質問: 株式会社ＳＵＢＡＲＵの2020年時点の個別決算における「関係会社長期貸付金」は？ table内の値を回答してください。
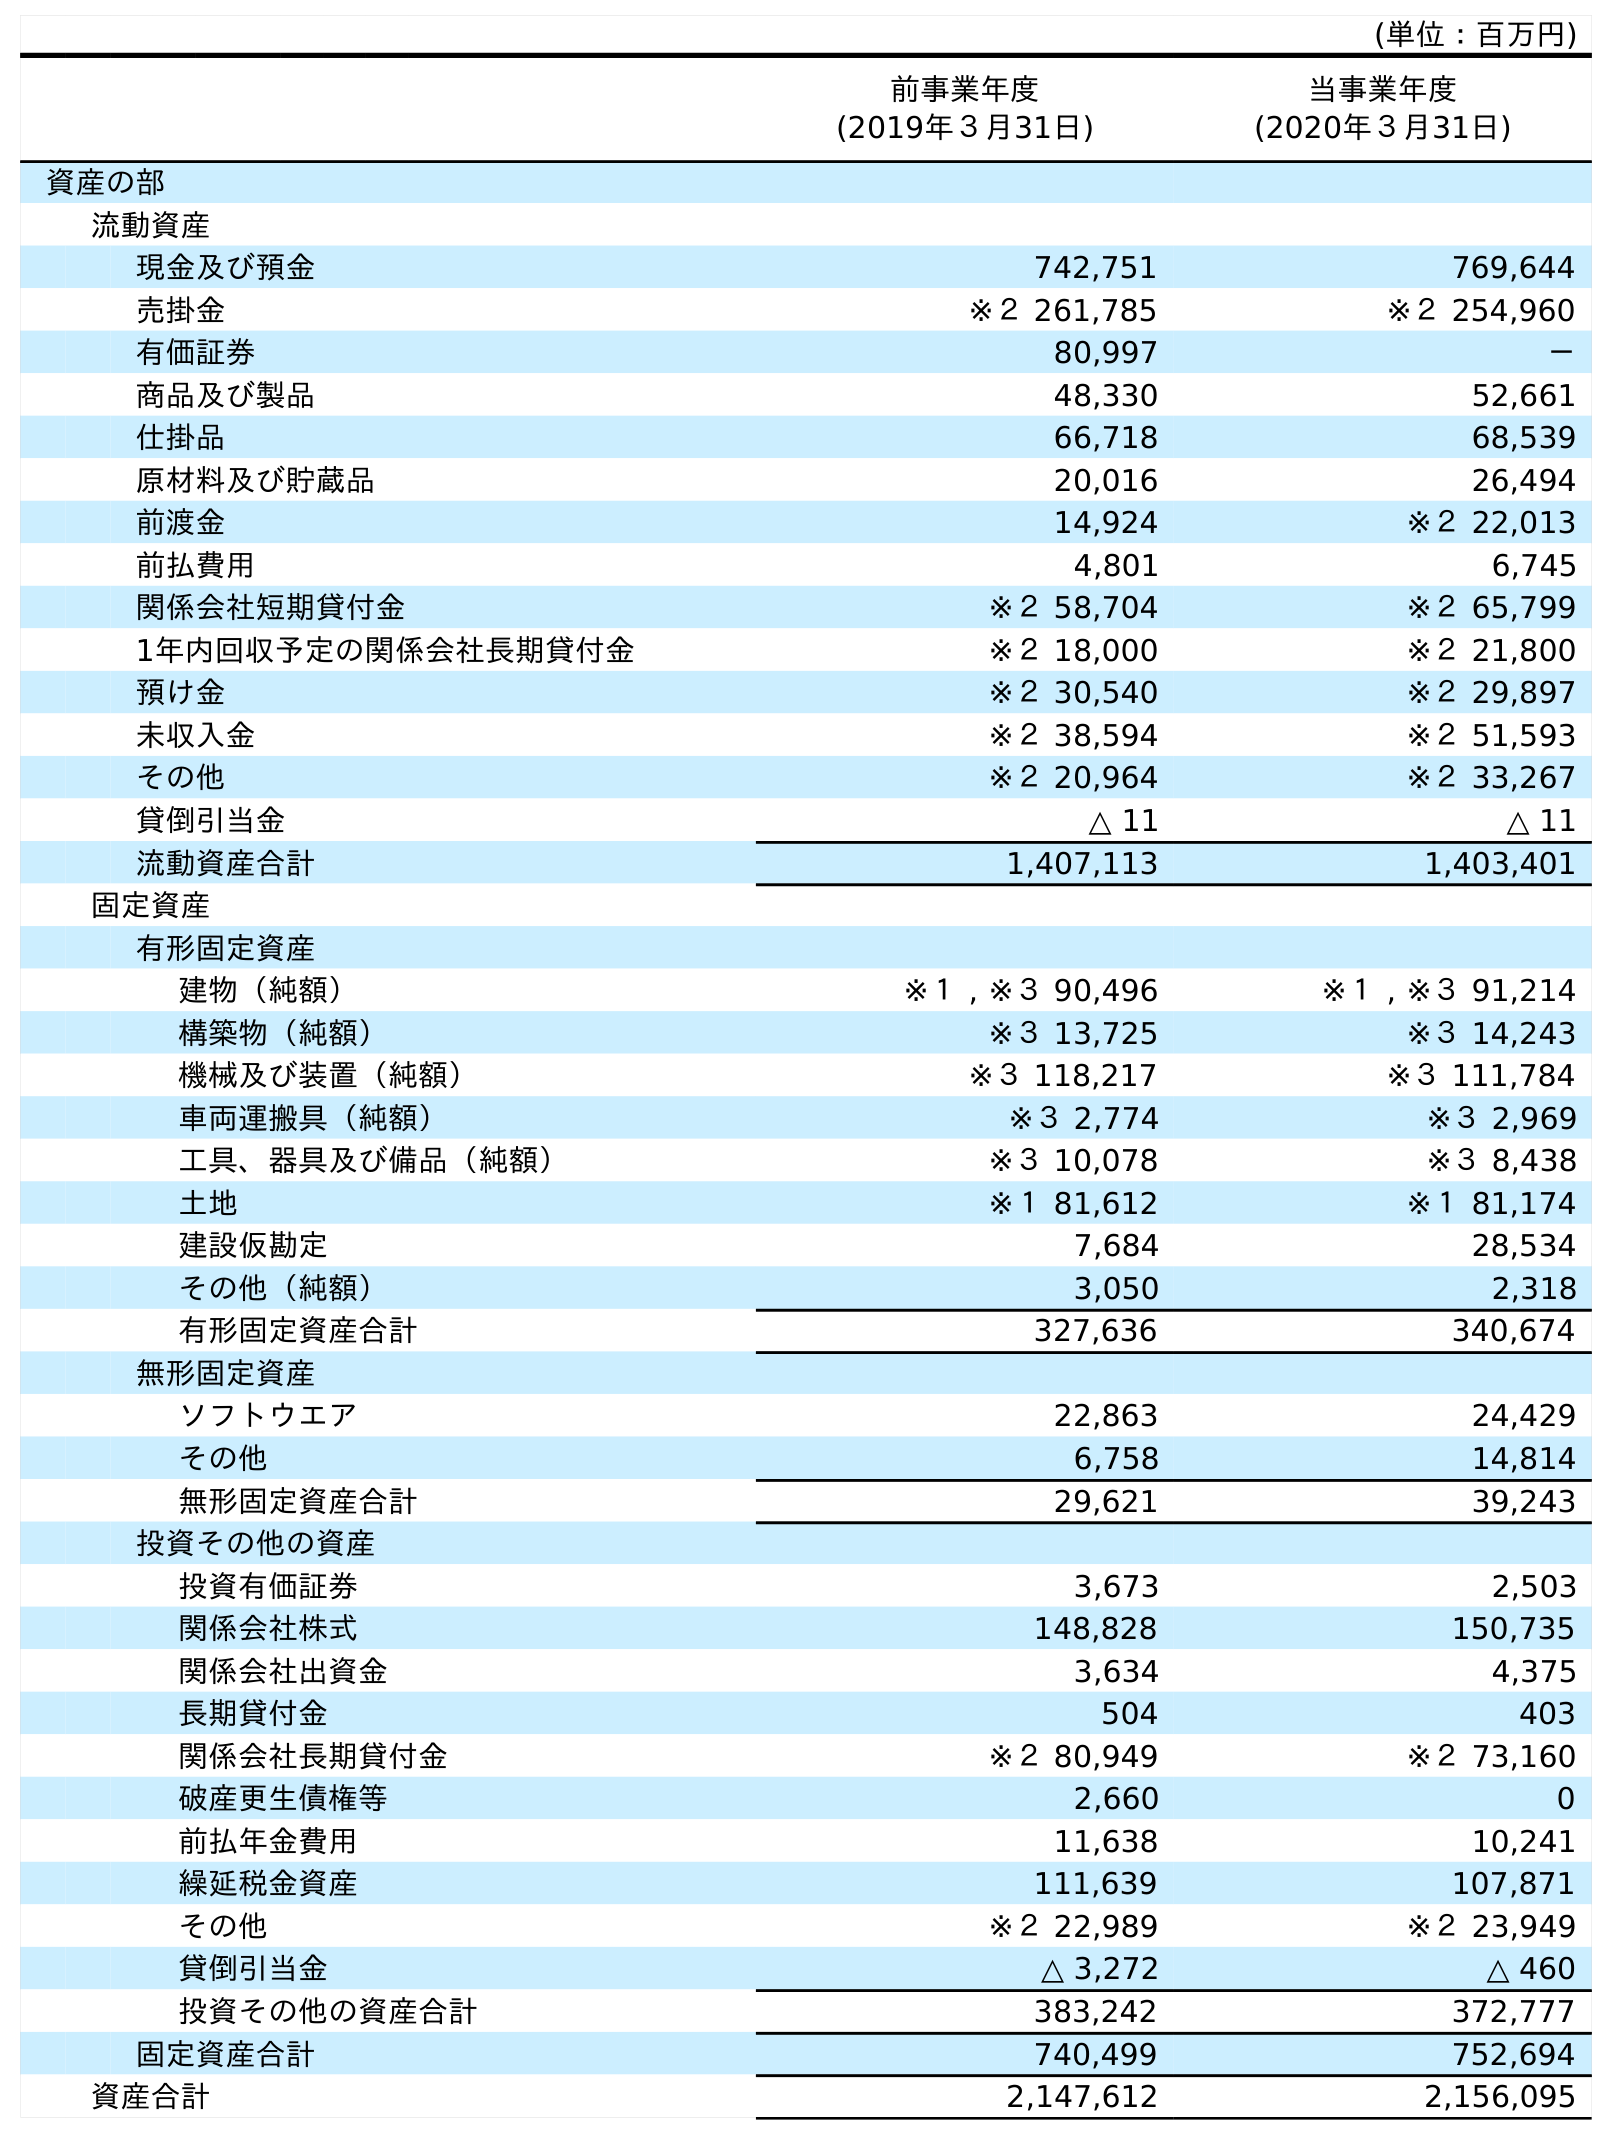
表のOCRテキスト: (単位：百万円) 前事業年度 (2019年３月31日) 当事業年度 (2020年３月31日) 資産の部 流動資産 現金及び預金 742,751 769,644 売掛金 ※２ 261,785 ※２ 254,960 有価証券 80,997 － 商品及び製品 48,330 52,661 仕掛品 66,718 68,539 原材料及び貯蔵品 20,016 26,494 前渡金 14,924 ※２ 22,013 前払費用 4,801 6,745 関係会社短期貸付金 ※２ 58,704 ※２ 65,799 1年内回収予定の関係会社長期貸付金 ※２ 18,000 ※２ 21,800 預け金 ※２ 30,540 ※２ 29,897 未収入金 ※２ 38,594 ※２ 51,593 その他 ※２ 20,964 ※２ 33,267 貸倒引当金 △ 11 △ 11 流動資産合計 1,407,113 1,403,401 固定資産 有形固定資産 建物（純額） ※１ , ※３ 90,496 ※１ , ※３ 91,214 構築物（純額） ※３ 13,725 ※３ 14,243 機械及び装置（純額） ※３ 118,217 ※３ 111,784 車両運搬具（純額） ※３ 2,774 ※３ 2,969 工具、器具及び備品（純額） ※３ 10,078 ※３ 8,438 土地 ※１ 81,612 ※１ 81,174 建設仮勘定 7,684 28,534 その他（純額） 3,050 2,318 有形固定資産合計 327,636 340,674 無形固定資産 ソフトウエア 22,863 24,429 その他 6,758 14,814 無形固定資産合計 29,621 39,243 投資その他の資産 投資有価証券 3,673 2,503 関係会社株式 148,828 150,735 関係会社出資金 3,634 4,375 長期貸付金 504 403 関係会社長期貸付金 ※２ 80,949 ※２ 73,160 破産更生債権等 2,660 0 前払年金費用 11,638 10,241 繰延税金資産 111,639 107,871 その他 ※２ 22,989 ※２ 23,949 貸倒引当金 △ 3,272 △ 460 投資その他の資産合計 383,242 372,777 固定資産合計 740,499 752,694 資産合計 2,147,612 2,156,095
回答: ※２73,160